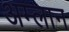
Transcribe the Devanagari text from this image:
अम्लान